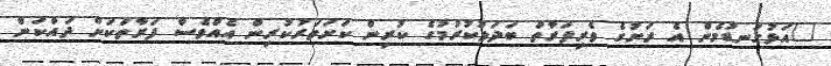
"އަޅުގަނޑުމެން އެ ރަށުގެ ވެރިފަރާތް ބަދަލުކުރުމުގެ ކުރިން ކަށަވަރުކުރިން އެއްވެސް ފަރާތަކަށް ދައްކަން